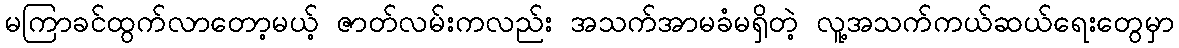
မကြာခင်ထွက်လာတော့မယ့် ဇာတ်လမ်းကလည်း အသက်အာမခံမရှိတဲ့ လူ့အသက်ကယ်ဆယ်ရေးတွေမှာ